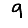
Digit: 9